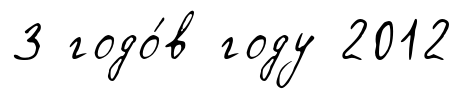
3 годо́в году 2012